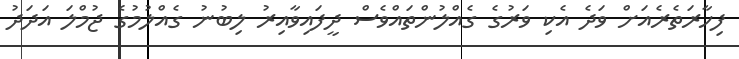
ފިހާރަތެރެއަށް ވަދެ އެކި ވަރުގެ ގެއްލުންތައްވެސް ދީފައިވާއިރު ލިބުނު ގެއްލުމުގެ ޖުމްލަ އަދަދު